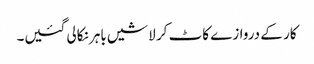
کار کے دروازے کاٹ کر لاشیں باہر نکالی گئیں۔